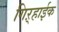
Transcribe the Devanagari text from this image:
गिऱ्हाईक